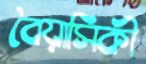
বৈয়াসিকী